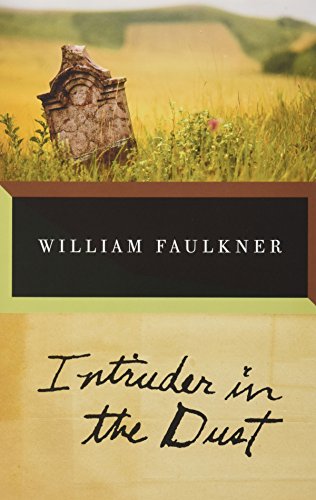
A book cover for Intruder in the Dust; William Faulkner; Reference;